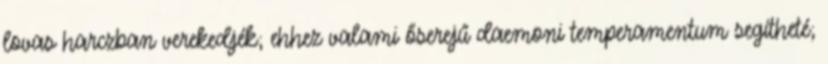
lovas harczban verekedjék; ehhez valami őserejű daemoni temperamentum segítheté;